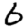
Digit: 6